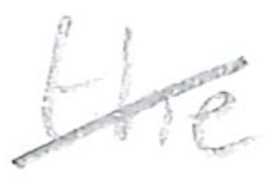
Text: the
Cross-out: diagonal
Writing tool: pencil